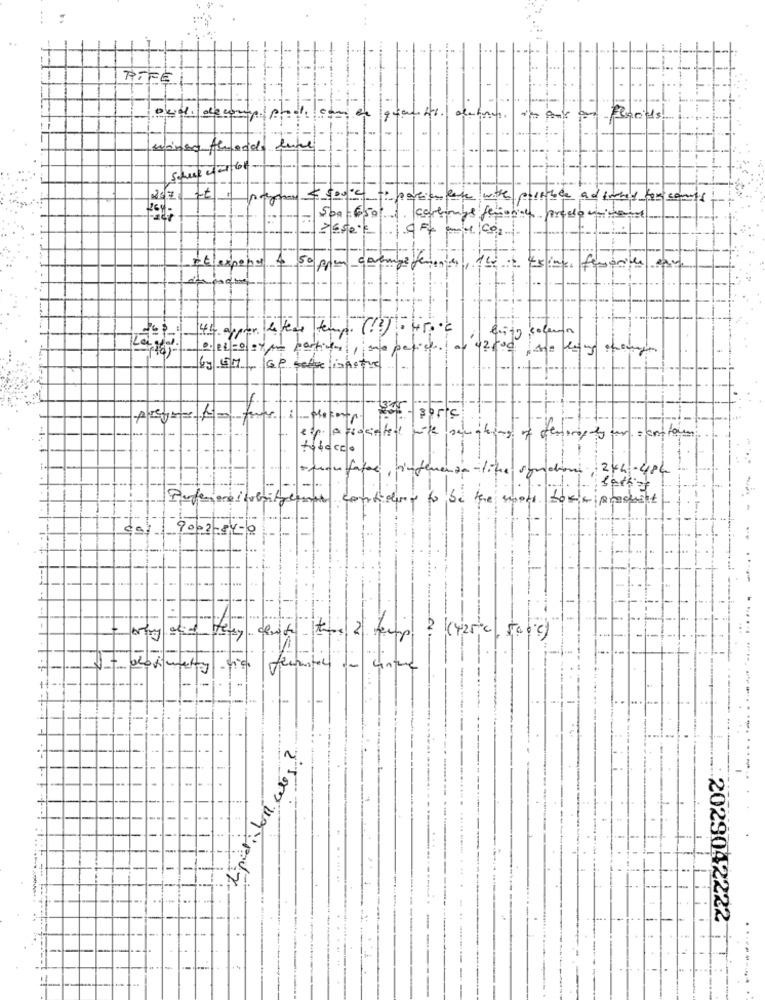
RIFEL
oud decomp pro. com en
florids
Almonds like
Schul chat bot
25/7. It :
$ 500
to pariales with possible and tuned for candy
1. coverage femoral precio minime
rtlexpones 4 50 ppm courage femmes
twit ts ing favorite ear
0. 08:0 0Y por portion , ma peric. a 12.00
6.3 57 - Ge selve inactive
Lik
teriores ty un = contour
tobacco
confapi, vinter
Perfezione: politycemer
I contiduy to be the more Love produit
9002-84-0
cliente _ tame 2 temp. ? (425℃ , 500℃)
N
2029042222